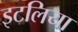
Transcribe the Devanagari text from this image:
इटलिया